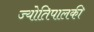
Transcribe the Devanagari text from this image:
ज्योतिपालकी